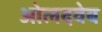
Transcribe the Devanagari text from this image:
ओलदवेब